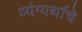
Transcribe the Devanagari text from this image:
व्यंग्यर्थाचे